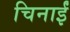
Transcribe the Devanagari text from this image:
चिनाईं